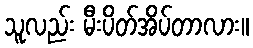
သူလည်း မီးပိတ်အိပ်တာလား။